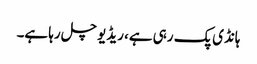
ہانڈی پک رہی ہے، ریڈیو چل رہا ہے۔